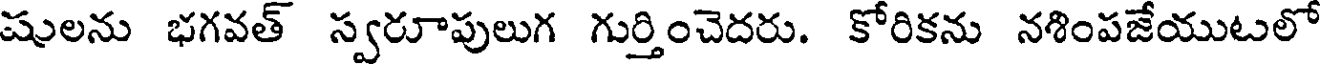
షులను భగవత్ స్వరూపులుగ గుర్తించెదరు. కోరికను నశింపజేయుటలో